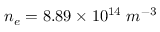
n _ { e } = 8 . 8 9 \times 1 0 ^ { 1 4 } \; m ^ { - 3 }